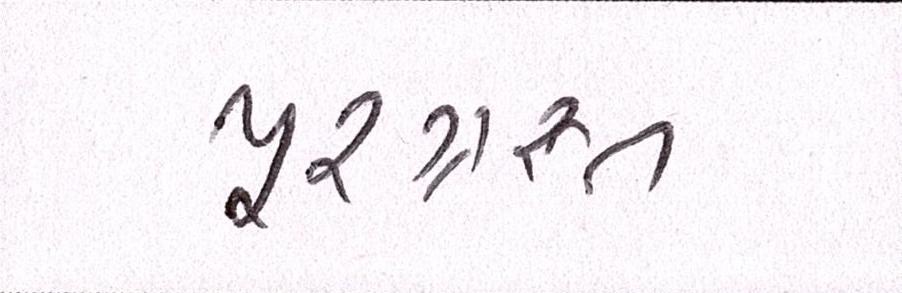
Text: પૂરગ્રસ્ત